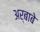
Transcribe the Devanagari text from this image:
अर्बाबे